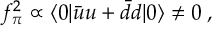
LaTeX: f _ { \pi } ^ { 2 } \propto \langle 0 | \bar { u } u + \bar { d } d | 0 \rangle \neq 0 \; ,